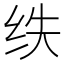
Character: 𮉢